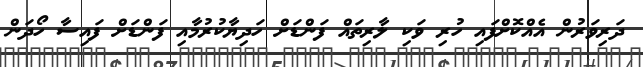
ދަރިވަރުން އެއްކޮށްފައި ހުރި ވަކި ލާރިތައް ފަންޑަށް ހަދިޔާކުރުމާއި ފަންޑަށް ފައިސާ ހޯދަން